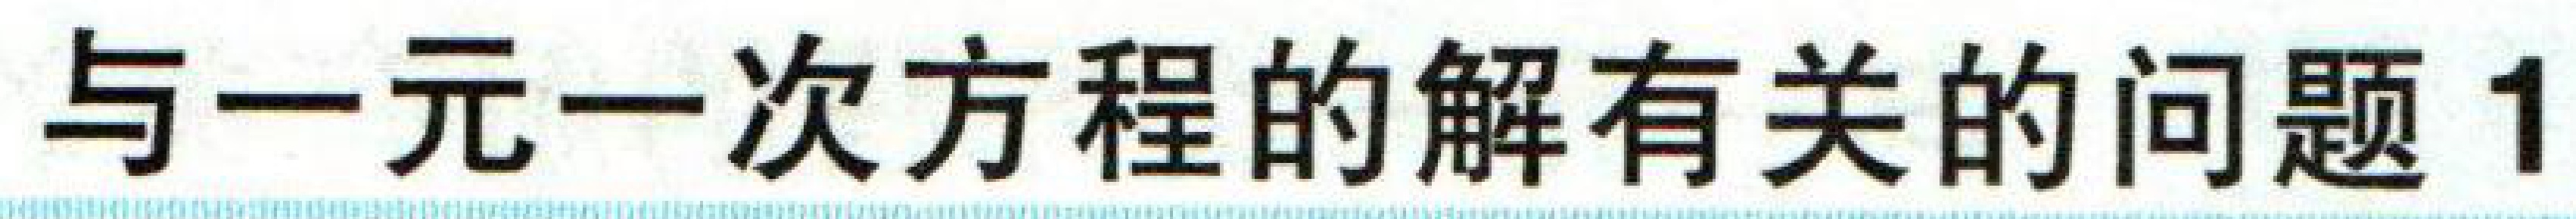
与一元一次方程的解有关的问题1